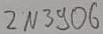
Text: 2N306